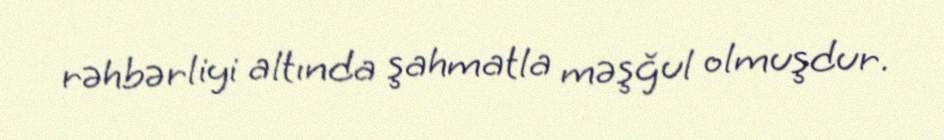
rəhbərliyi altında şahmatla məşğul olmuşdur.